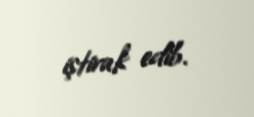
iştirak edib.